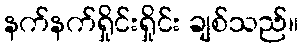
နက်နက်ရှိုင်းရှိုင်း ချစ်သည်။